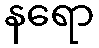
နရော